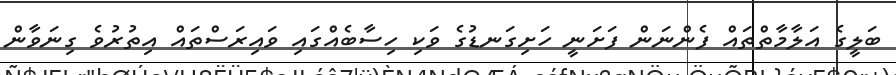
ބަލީގެ އަލާމާތްތައް ފެންނަން ފަށަނީ ހަށިގަނޑުގެ ވަކި ހިސާބެއްގައި ވައިރަސްތައް އިތުރުވެ ގިނަވާން